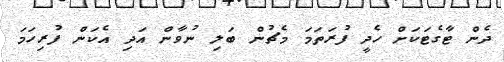
ދެން ޓާގެޓަކަށް ހެދީ ފުރަތަމަ މެޗުން ބަލި ނުވާން އަދި އެކަން ފުރިހަމަ